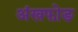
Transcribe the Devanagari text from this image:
अंखफोङ